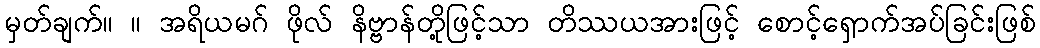
မှတ်ချက်။ ။ အရိယမဂ် ဖိုလ် နိဗ္ဗာန်တို့ဖြင့်သာ တိဿယအားဖြင့် စောင့်ရှောက်အပ်ခြင်းဖြစ်